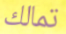
تمالك